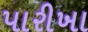
પારીખા